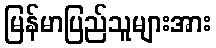
မြန်မာပြည်သူများအား